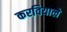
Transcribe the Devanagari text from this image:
करवियाले